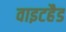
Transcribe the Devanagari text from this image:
वाइटहैड